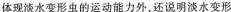
体现淡水变形虫的运动能力外，还说明淡水变形